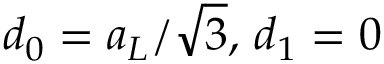
d _ { 0 } = a _ { L } / \sqrt { 3 } , \, d _ { 1 } = 0